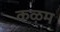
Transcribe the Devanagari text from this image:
कऴम